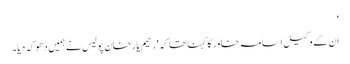
'
ان کے وکیل اسامہ خاور کا کہنا تھا کہ 'رحیم یار خان پولیس نے ہمیں دھوکہ دیا۔